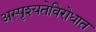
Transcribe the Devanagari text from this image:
अस्पृश्यतेविरोधात